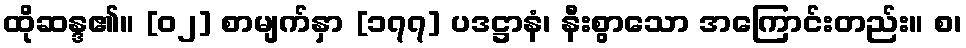
ထိုဆန္ဒ၏။ [၀၂] စာမျက်နှာ [၁၇၇] ပဒဋ္ဌာနံ၊ နီးစွာသော အကြောင်းတည်း။ စ၊